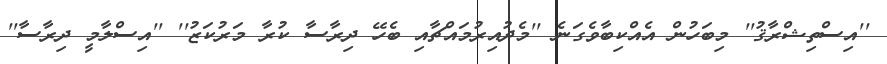
''އިސްތިޝްރާޤު'' މިބަހުން އެއްކިބާވެގަނެ ''މެދުއިރުމައްޗާއި ބެހޭ ދިރާސާ ކުރާ މަރުކަޒު'' ''އިސްލާމީ ދިރާސާ''